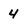
Character: 4